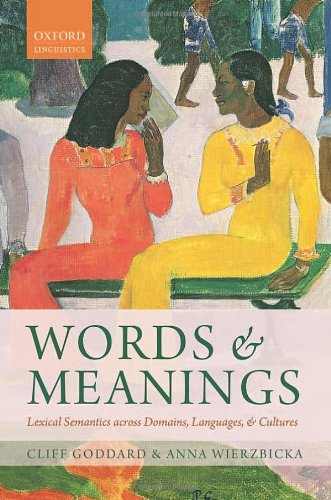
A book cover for Words and Meanings: Lexical Semantics Across Domains, Languages, and Cultures; Cliff C. Goddard; Reference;